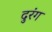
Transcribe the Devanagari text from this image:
दुरंग